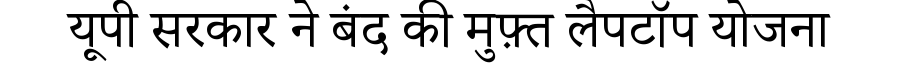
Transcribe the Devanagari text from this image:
यूपी सरकार ने बंद की मुफ़्त लैपटॉप योजना